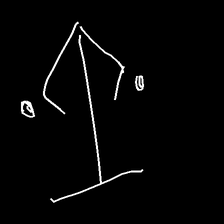
Glyph: earth